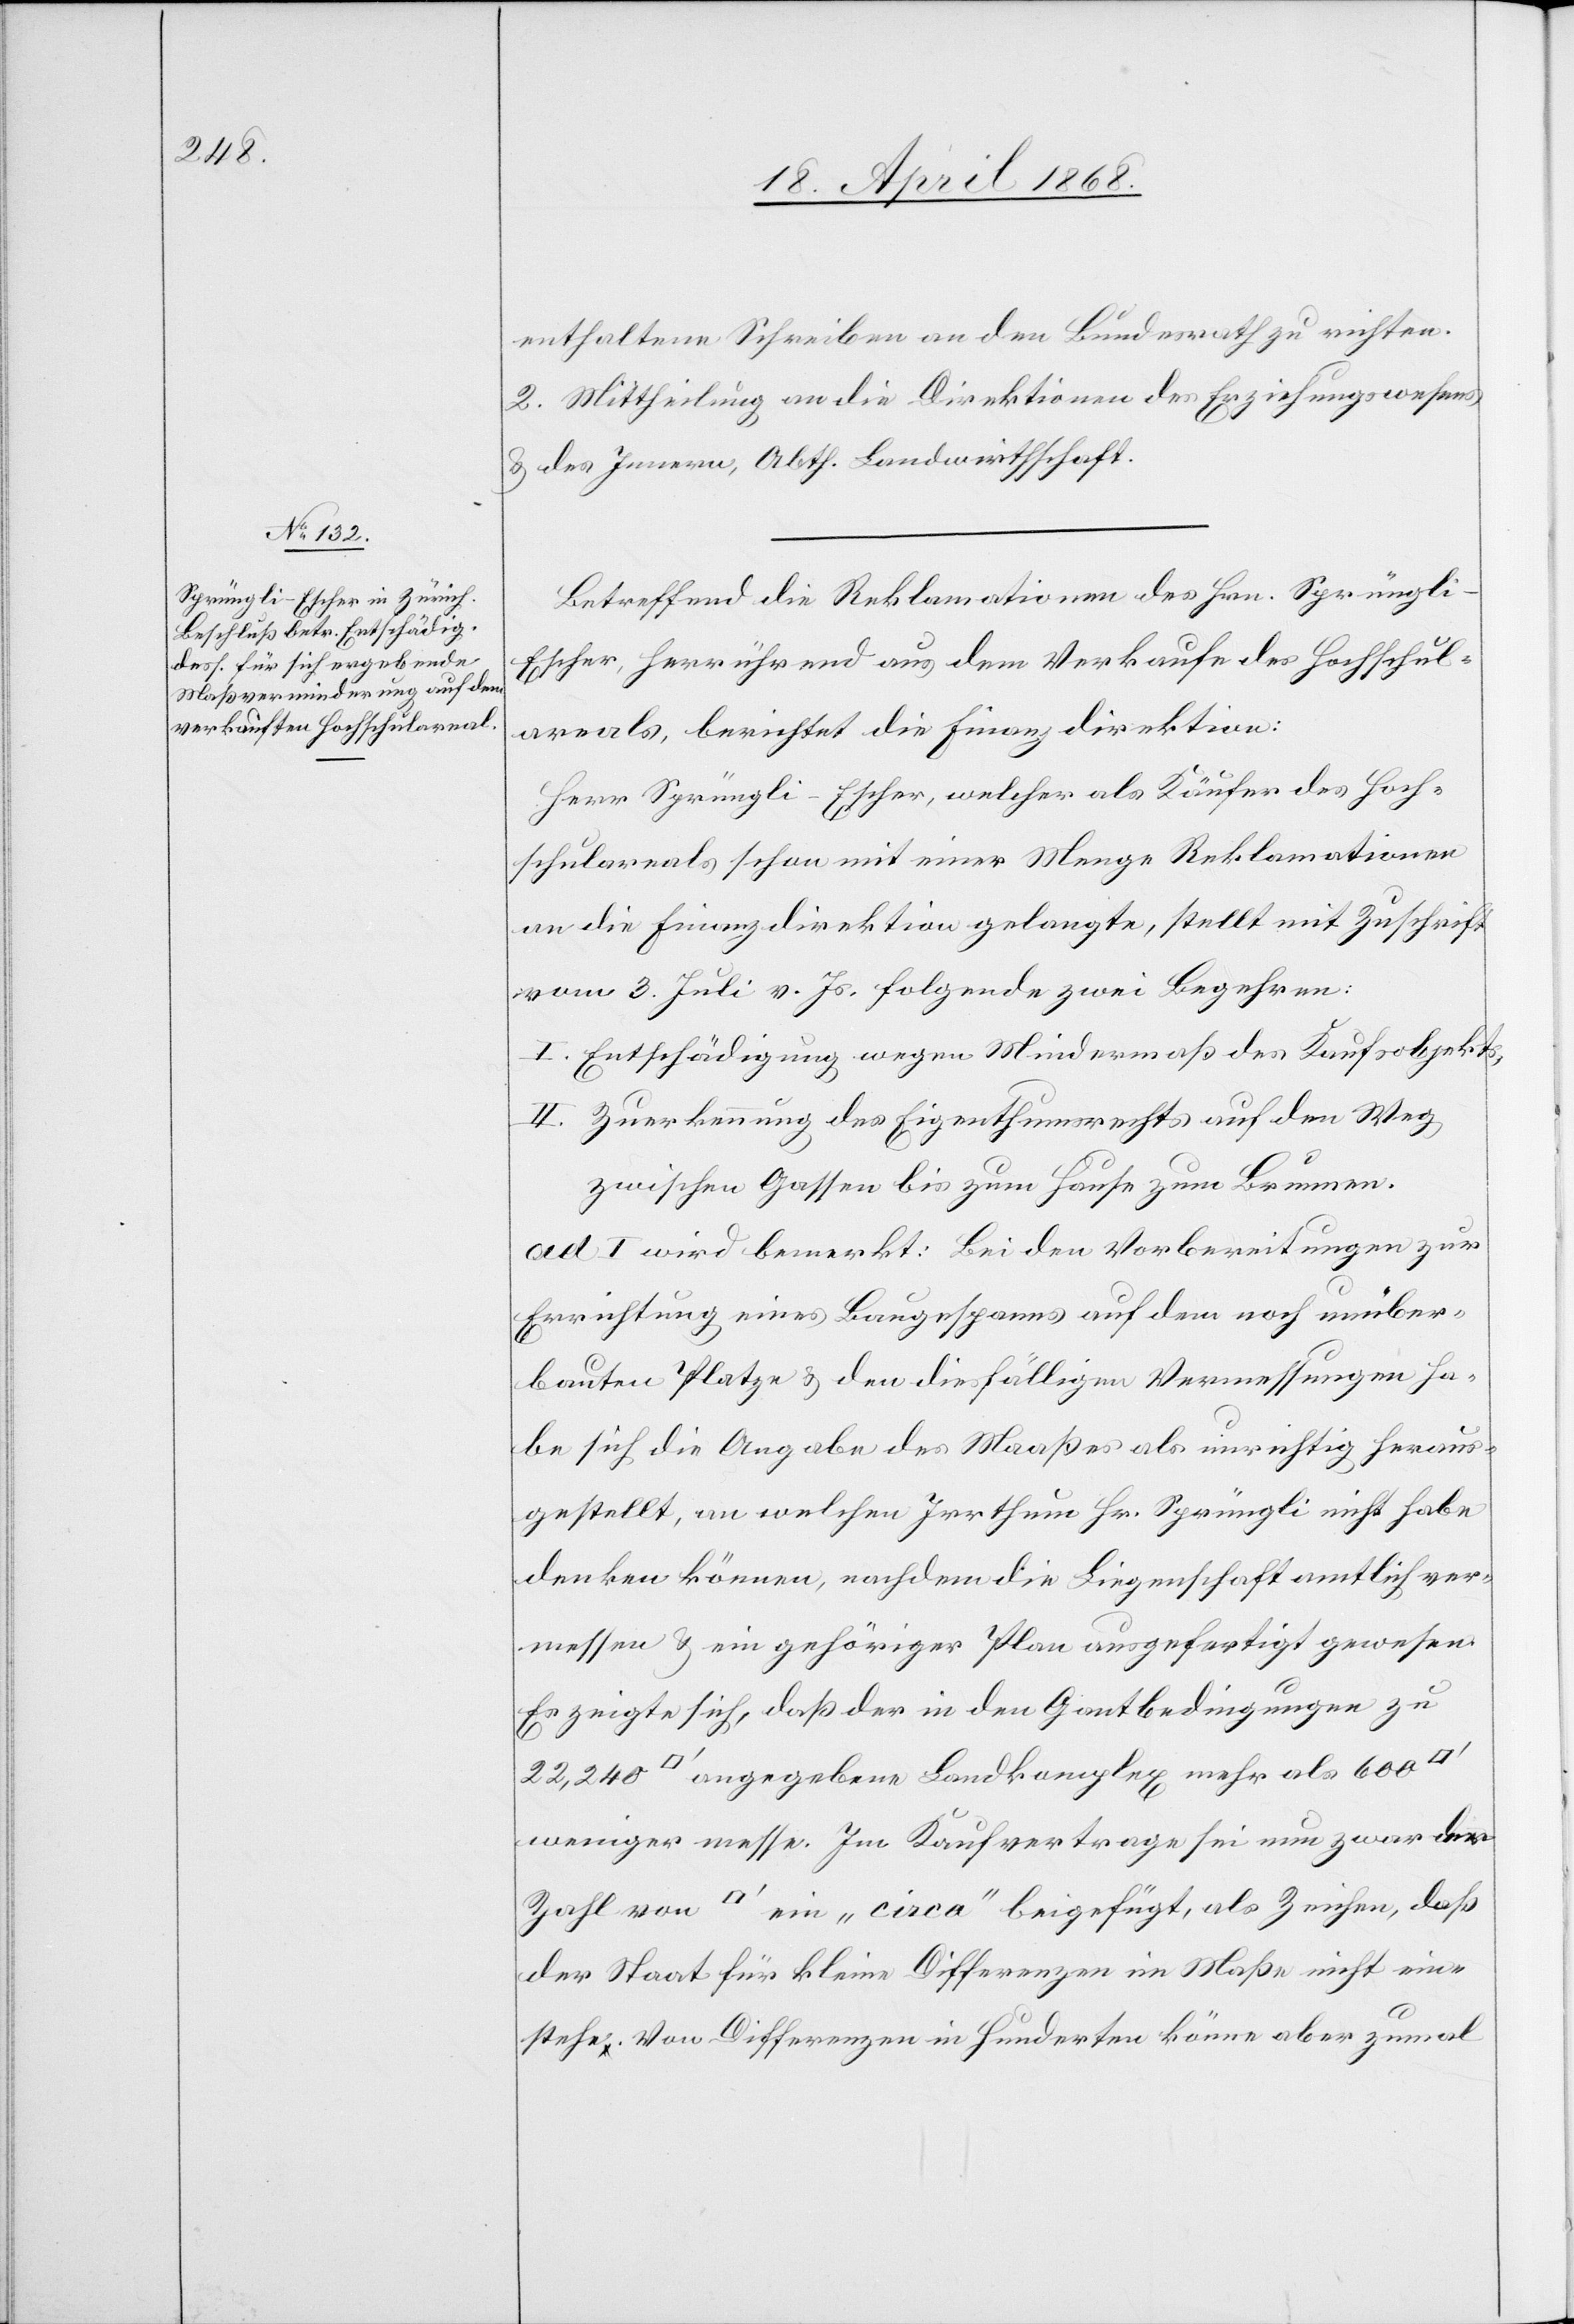
enthaltene Schreiben an den Bundesrath zu richten.
2. Mittheilung an die Direktionen des Erziehungswesens
& des Innern, Abth. Landwirthschaft.
Betreffend die Reklamationen des Hrn. Sprüngl¬
i-Escher, herrührend aus dem Verkaufe des Hochschul¬
areals, berichtet die Finanzdirektion:
Herr Sprüngli-Escher, welcher als Käufer des Hoch¬
schulareals schon mit einer Menge Reklamationen
an die Finanzdirektion gelangte, stellt mit Zuschrift
vom 3. Juli v. Js. folgende zwei Begehren:
I. Entschädigung wegen Mindermaß des Kaufsobjekts,
II. Zuerkennung des Eigenthumsrechts auf den Weg
zwischen Gassen bis zum Hause zum Brunnen.
ad I wird bemerkt: Bei den Vorbereitungen zur
Errichtung eines Baugespanns auf dem noch unüber¬
bauten Platze & den diesfälligen Vermessungen ha¬
be sich die Angabe des Maaßes als unrichtig heraus¬
gestellt, an welchen Irrthum Hr. Sprüngli nicht habe
denken können, nachdem die Liegenschaft amtlich ver¬
messen & ein gehöriger Plan ausgefertigt gewesen.
Es zeigte sich, daß der in den Gantbedingungen zu
[Quadratfuß] angegebene Landkomplex mehr als 600
weniger messe. Im Kaufvertrage sei nun zwar der
Zahl von [Quadratfuß] ein „circa“ beigefügt, als Zeichen, daß
der Staat für kleine Differenzen im Maße nicht ein¬
stehe. Von Differenzen in Hunderten könne aber zumal